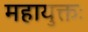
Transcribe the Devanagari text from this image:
महायुक्तः